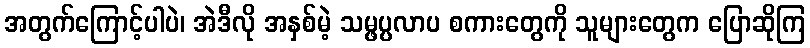
အတွက်ကြောင့်ပါပဲ၊ အဲဒီလို အနှစ်မဲ့ သမ္ဖပ္ပလာပ စကားတွေကို သူများတွေက ပြောဆိုကြ